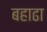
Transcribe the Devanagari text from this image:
बहाढा